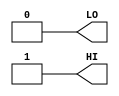
module sky130_fd_sc_hd__conb_1(output LO, output HI);
	assign LO = 1'b0;
	assign HI = 1'b1;
endmodule

module sky130_fd_sc_hd__buf_2(input A, output X);
	assign X = A;
endmodule


module sky130_fd_sc_hd__mux2_1(input A0, A1, S, output X);
	assign X = S ? A1 : A0;
endmodule